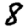
Digit: 8